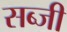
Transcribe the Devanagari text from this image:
सब्‍जी